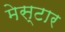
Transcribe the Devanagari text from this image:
मेस्टार